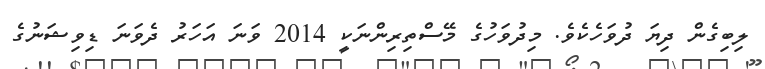
ލިބިގެން ދިޔަ ދުވަހެކެވެ. މިދުވަހުގެ މޭސްތިރިންނަކީ 2014 ވަނަ އަހަރު ދެވަނަ ޑިވިޝަނުގެ